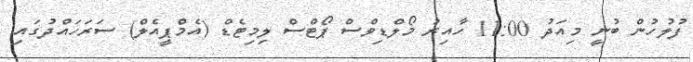
ފުލުހުން ބުނީ މިއަދު 11:00 ހާއިރު މޯލްޑިވްސް ޕޯޓްސް ލިމިޓެޑް (އެމްޕީއެލް) ސަރަހައްދުގައި